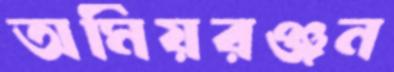
অমিয়রঞ্জন